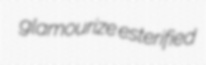
glamourize esterified